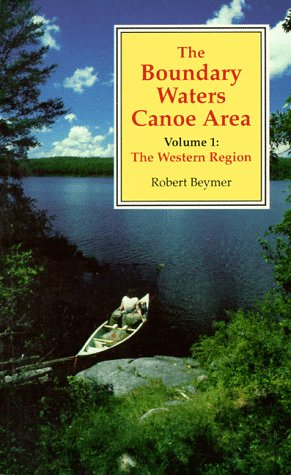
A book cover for The Boundary Waters Canoe Area: The Western Region; Robert Beymer; Travel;